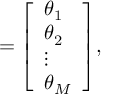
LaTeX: \mathbf { \theta } = { \left[ \begin{array} { l } { \theta _ { 1 } } \\ { \theta _ { 2 } } \\ { \vdots } \\ { \theta _ { M } } \end{array} \right] } ,